Civil Veterinary Dept. Bombay admin report 1923-31 - 1923-1931
Year: 1923
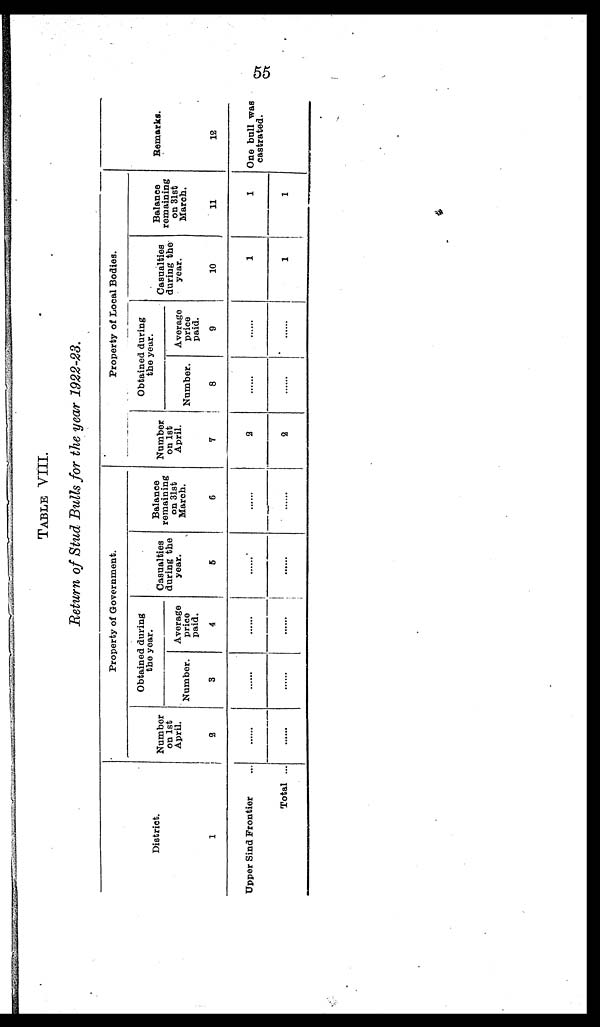
55
TABLE VIII.
Return of Stud Bulls for the year 1922-23.
District.
1
Upper Sind Frontier ...
Total ...
Property of Government.
Number
on 1st
April.
2
......
.......
Obtained during
the year.
Number.
3
......
.......
Average
price
paid.
4
......
......
Casualties
during the
year.
5
......
......
Balance
remaining
on 31st
March.
6
......
......
Property of Local Bodies.
Number
on 1st
April.
7
2
2
Obtained during
the year.
Number.
8
......
......
Average
price
paid.
9
......
......
Casualties
during the
year.
10
1
1
Balance
remaining
on 31st
March.
11
1
1
Remarks.
12
One bull was
castrated.